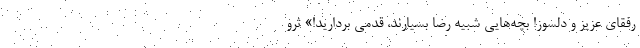
رفقای عزیز و دلسوز! بچه‌هایی شبیه رضا بسیارند، قدمی بردارید!» ثرو